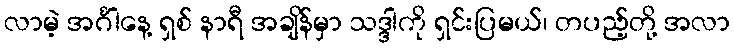
လာမဲ့ အင်္ဂါနေ့ ရှစ် နာရီ အချိန်မှာ သဒ္ဒါကို ရှင်းပြမယ်၊ တပည့်တို့ အလာ